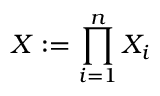
X : = \prod _ { i = 1 } ^ { n } X _ { i }